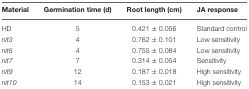
<table><thead><tr><td><b>Material</b></td><td><b>Germination time (d)</b></td><td><b>Root length (cm)</b></td><td><b>JA response</b></td></tr></thead><tbody><tr><td>HD</td><td>5</td><td>0.421 ± 0.056</td><td>Standard control</td></tr><tr><td><i>nit3</i></td><td>4</td><td>0.762 ± 0.101</td><td>Low sensitivity</td></tr><tr><td><i>nit6</i></td><td>4</td><td>0.755 ± 0.084</td><td>Low sensitivity</td></tr><tr><td><i>nit7</i></td><td>7</td><td>0.314 ± 0.054</td><td>Sensitivity</td></tr><tr><td><i>nit9</i></td><td>12</td><td>0.187 ± 0.018</td><td>High sensitivity</td></tr><tr><td><i>nit10</i></td><td>14</td><td>0.153 ± 0.021</td><td>High sensitivity</td></tr></tbody></table>